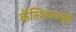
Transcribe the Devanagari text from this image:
कॅल्शियममुळे